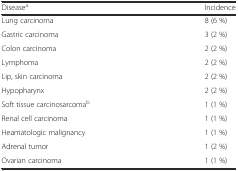
| Diseasea | Incidence |
 | --- | --- |
 | Lung carcinoma | 8 (6 %) |
 | Gastric carcinoma | 3 (2 %) |
 | Colon carcinoma | 2 (2 %) |
 | Lymphoma | 2 (2 %) |
 | Lip, skin carcinoma | 2 (2 %) |
 | Hypopharynx | 2 (2 %) |
 | Soft tissue carcinosarcomab | 1 (1 %) |
 | Renal cell carcinoma | 1 (1 %) |
 | Heamatologic malignancy | 1 (1 %) |
 | Adrenal tumor | 1 (2 %) |
 | Ovarian carcinoma | 1 (1 %) |